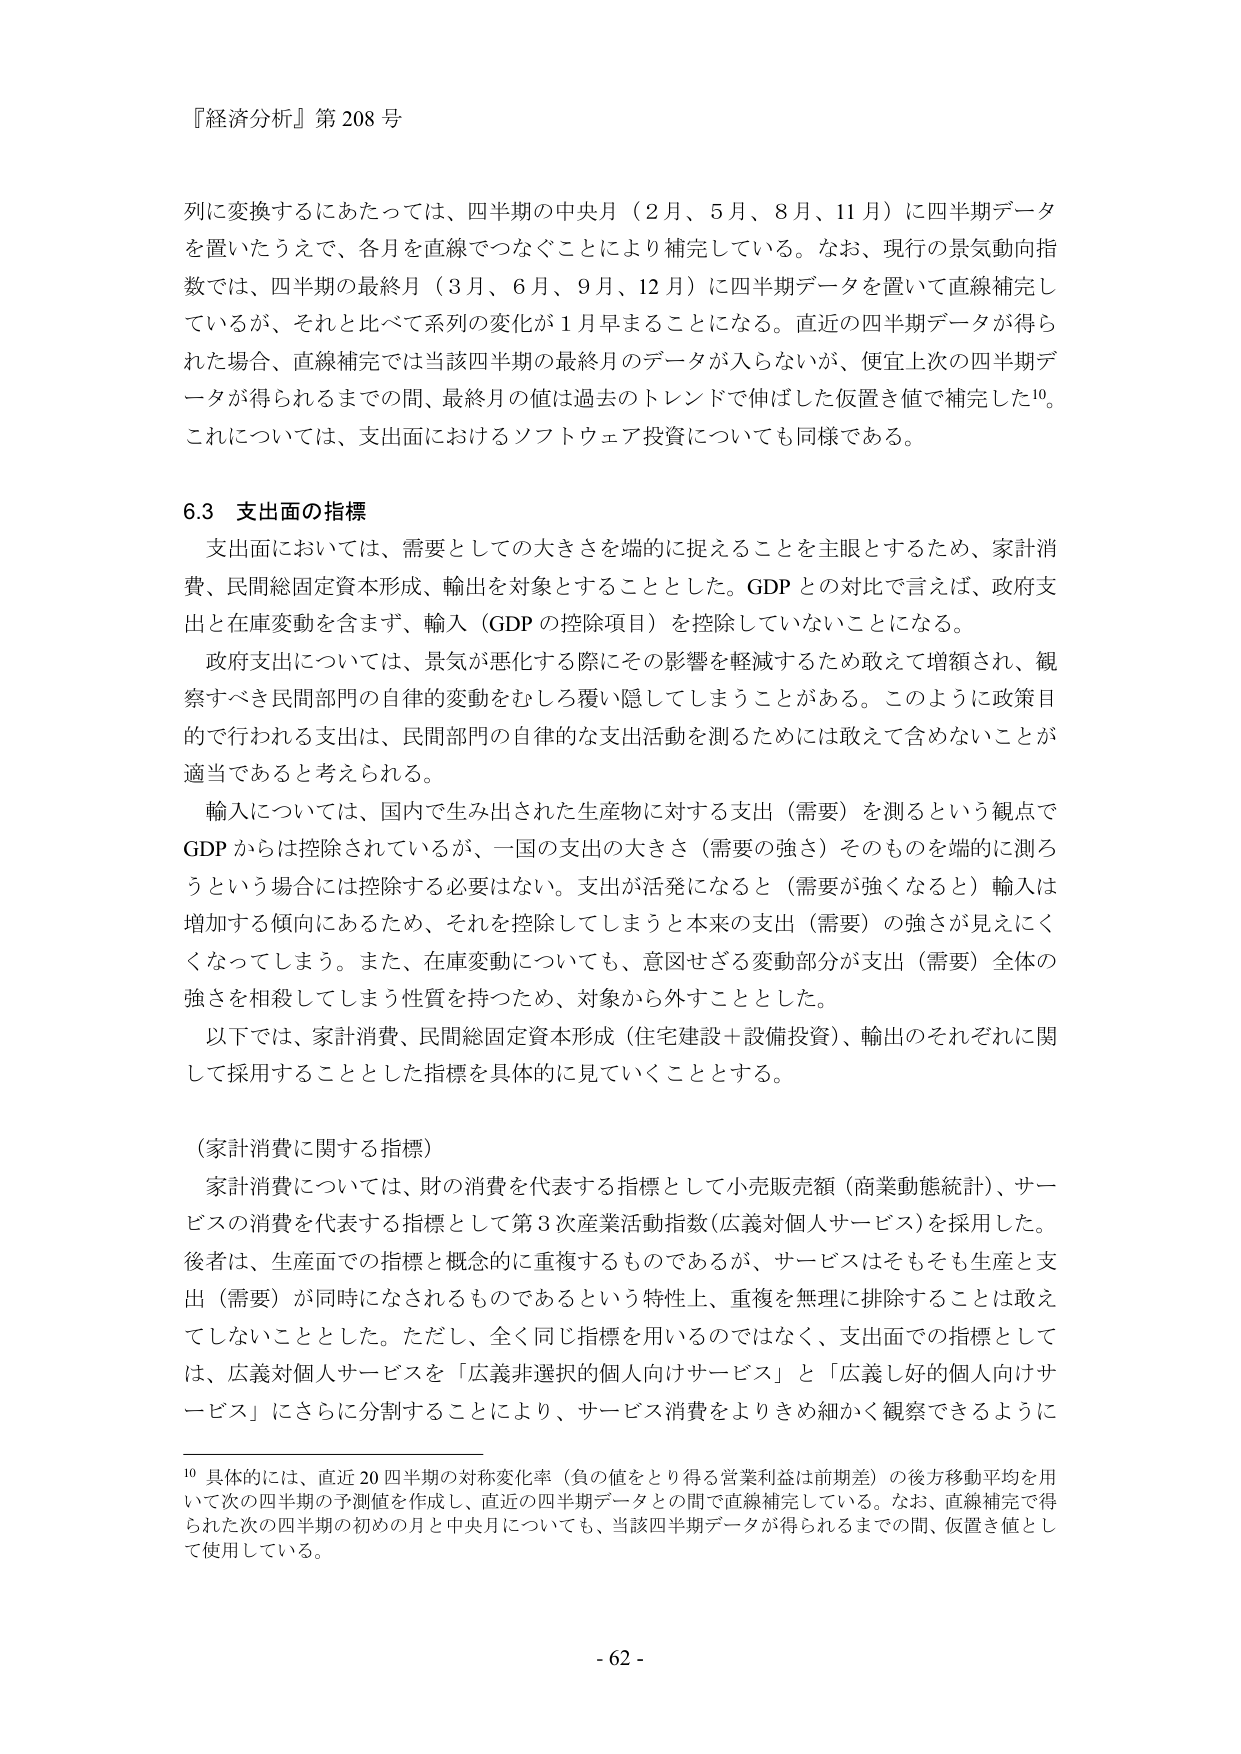
『経済分析』第 208 号

列に変換するにあたっては、四半期の中央月（2月、5月、8月、11月）に四半期データを置いたうえで、各月を直線でつなぐことにより補完している。なお、現行の景気動向指数では、四半期の最終月（3月、6月、9月、12月）に四半期データを置いて直線補完しているが、それと比べて系列の変化が1月早まることになる。直近の四半期データが得られた場合、直線補完では当該四半期の最終月のデータが入らないが、便宜上次の四半期データが得られるまでの間、最終月の値は過去のトレンドで伸ばした仮置き値で補完した¹⁰。これについては、支出面におけるソフトウェア投資についても同様である。

6.3 支出面の指標

支出面においては、需要としての大きさを端的に捉えることを主眼とするため、家計消費、民間総固定資本形成、輸出を対象としたこととした。GDPとの対比で言えば、政府支出と在庫変動を含まず、輸入（GDPの控除項目）を控除していないことになる。

政府支出については、景気が悪化する際にその影響を軽減するため敢えて増額され、観察すべき民間部門の自律的変動をむしろ覆い隠してしまうことがある。このように政策目的で行われる支出は、民間部門の自律的な支出活動を測るためには敢えて含めないことが適当であると考えられる。

輸入については、国内で生み出された生産物に対する支出（需要）を測るという観点でGDPからは控除されているが、一国の支出の大きさ（需要の強さ）そのものを端的に測ろうという場合には控除する必要はない。支出が活発になると（需要が強くなると）輸入は増加する傾向にあるため、それを控除してしまうと本来の支出（需要）の強さが見えにくくなってしまう。また、在庫変動についても、意図せざる変動部分が支出（需要）全体の強さを相殺してしまう性質を持つため、対象から外すこととした。

以下では、家計消費、民間総固定資本形成（住宅建設＋設備投資）、輸出のそれぞれに関して採用することとした指標を具体的に見ていくこととする。

（家計消費に関する指標）

家計消費については、財の消費を代表する指標として小売販売額（商業動態統計）、サービスの消費を代表する指標として第3次産業活動指数（広義対個人サービス）を採用した。後者は、生産面での指標と概念的に重複するものであるが、サービスはそもそも生産と支出（需要）が同時になされるものであるという特性上、重複を無理に排除することは敢えてしないこととした。ただし、全く同じ指標を用いるのではなく、支出面での指標としては、広義対個人サービスを「広義非選択的個人向けサービス」と「広義し好的個人向けサービス」にさらに分割することにより、サービス消費をよりきめ細かく観察できるように

¹⁰ 具体的には、直近20四半期の対称変化率（負の値をとり得る営業利益は前期差）の後方移動平均を用いて次の四半期の予測値を作成し、直近の四半期データとの間で直線補完している。なお、直線補完で得られた次の四半期の初めの月と中央月についても、当該四半期データが得られるまでの間、仮置き値として使用している。

- 62 -